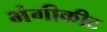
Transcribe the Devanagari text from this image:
भंगीकीट